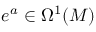
e ^ { a } \in \Omega ^ { 1 } ( M )